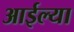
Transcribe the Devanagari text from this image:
आईल्या